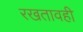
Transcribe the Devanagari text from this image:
रखतावही